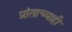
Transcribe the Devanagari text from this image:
प्रांताच्याही